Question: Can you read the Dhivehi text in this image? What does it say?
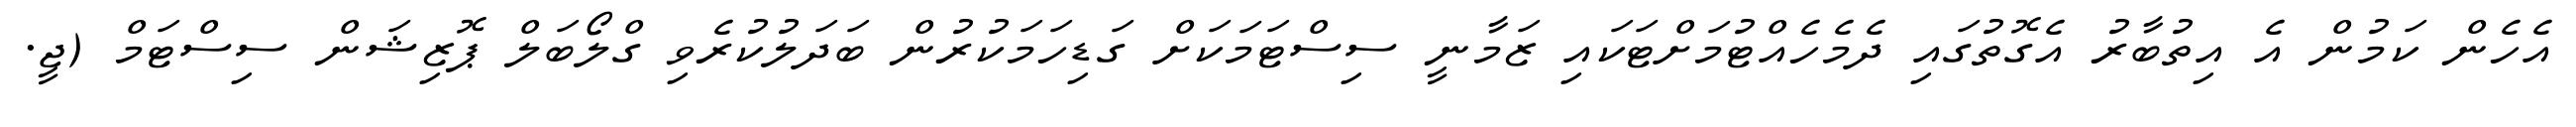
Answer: އެހެން ކަމުން އެ އިތުބާރު އެގޮތުގައި ދެމެހެއްޓުމަށްޓަކައި ޒަމާނީ ސިސްޓަމަކަށް ގަޑިހަމަކުރުން ބަދަލުކުރެވި ގްލޯބަލް ޕޮޒިޝަން ސިސްޓަމް (ޖީ.